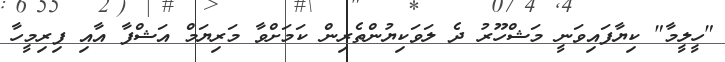
"ހީލީމާ" ކިޔާފައިވަނީ މަޝްހޫރު ދެ ލަވަކިޔުންތެރިން ކަމަށްވާ މަރިޔަމް އަޝްފާ އާއި ފިރިމީހާ